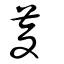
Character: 荾